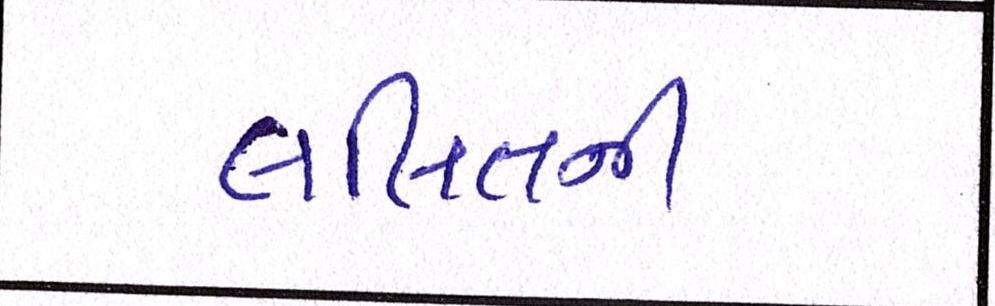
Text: લલિતની